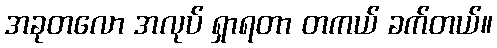
အခုတလော အလုပ် ရှာရတာ တကယ် ခက်တယ်။